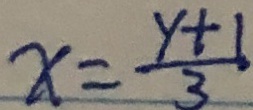
x = \frac { y + 1 } { 3 }